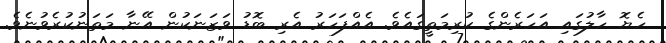
ހެޔޮ ހާލުގައި އަހަރެންގެ ކުރިމަތީގައެވެ. އެއްފަހަރު އެރި ބޮޑު ވަޒަނަކުން އޭނާ މަތަނުކުރެވުނެވެ.